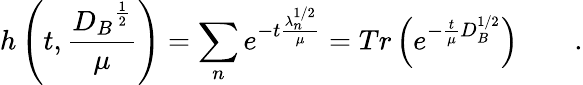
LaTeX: h\left(t,\frac{{D_{B}}^{\frac 12}}{\mu}\right)=\sum_{n}e^{-t\frac{\lambda_{n}^{1/2}}\mu}=Tr\left(e^{-\frac t\mu D_{B}^{1/2}}\right)\qquad.